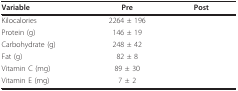
<table><thead><tr><td><b>Variable</b></td><td><b>Pre</b></td><td><b>Post</b></td></tr></thead><tbody><tr><td>Kilocalories</td><td>2264 ± 196</td><td>[EMPTY_CELL]</td></tr><tr><td>Protein (g)</td><td>146 ± 19</td><td>[EMPTY_CELL]</td></tr><tr><td>Carbohydrate (g)</td><td>248 ± 42</td><td>[EMPTY_CELL]</td></tr><tr><td>Fat (g)</td><td>82 ± 8</td><td>[EMPTY_CELL]</td></tr><tr><td>Vitamin C (mg)</td><td>89 ± 30</td><td>[EMPTY_CELL]</td></tr><tr><td>Vitamin E (mg)</td><td>7 ± 2</td><td>[EMPTY_CELL]</td></tr></tbody></table>